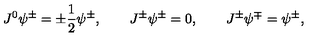
J ^ { 0 } \psi ^ { \pm } = \pm \frac 1 2 \psi ^ { \pm } , \qquad J ^ { \pm } \psi ^ { \pm } = 0 , \qquad J ^ { \pm } \psi ^ { \mp } = \psi ^ { \pm } ,